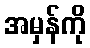
အမှန်ကို